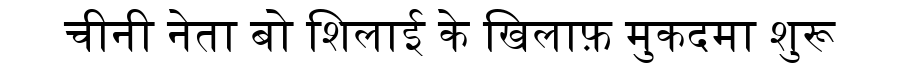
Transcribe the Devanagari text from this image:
चीनी नेता बो शिलाई के खिलाफ़ मुकदमा शुरू